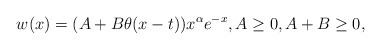
\begin{align*}w(x)=(A+B\theta(x-t))x^\alpha e^{-x},A\geq0,A+B\geq0,\end{align*}